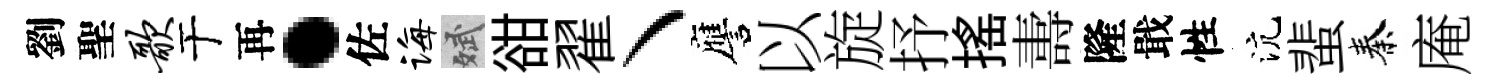
劉聖歌于再·佐诲斌𧮳翟丶譍以旋抒搖夀隆戢性沆蜚秦庵